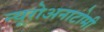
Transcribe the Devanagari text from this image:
न्यूरोअनाटोमी